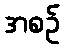
အစဉ်